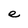
Character: e